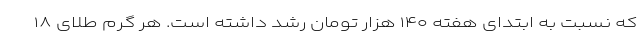
که نسبت به ابتدای هفته ۱۴۰ هزار تومان رشد داشته است. هر گرم طلای ۱۸